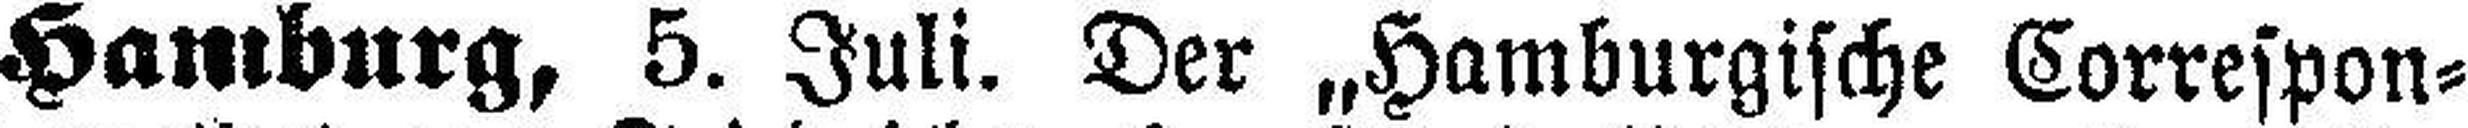
Hamburg, 5. Juli. Der „Hamburgische Correspon¬